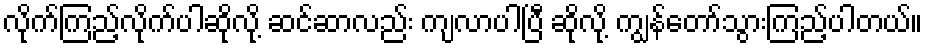
လိုက်ကြည့်လိုက်ပါဆိုလို့ ဆင်ဆာလည်း ကျလာပါပြီ ဆိုလို့ ကျွန်တော်သွားကြည့်ပါတယ်။